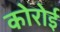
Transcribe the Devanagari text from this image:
कोरोई